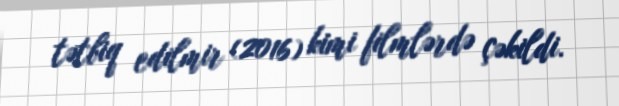
tətbiq edilmir (2016) kimi filmlərdə çəkildi.